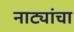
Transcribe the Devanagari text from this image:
नाट्यांचा